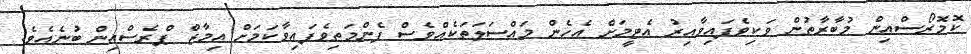
ކޮމޮރޯސްއިން މުބާރާތުން ވަކިވެފައިވާއިރު އެޓީމަށް އެހެން މައްސަލަތަކެއްވެސް ފެންމަތިވެފައިވާކަމަށް އިމާޒް ޕްރެސްއިން ބުނެއެވެ.